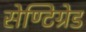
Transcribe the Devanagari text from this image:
सेण्टिग्रेड